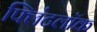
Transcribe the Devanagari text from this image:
फ्लिंटलॉक